Medical and sanitary report of the native army of Bengal for the year
Year: 1877
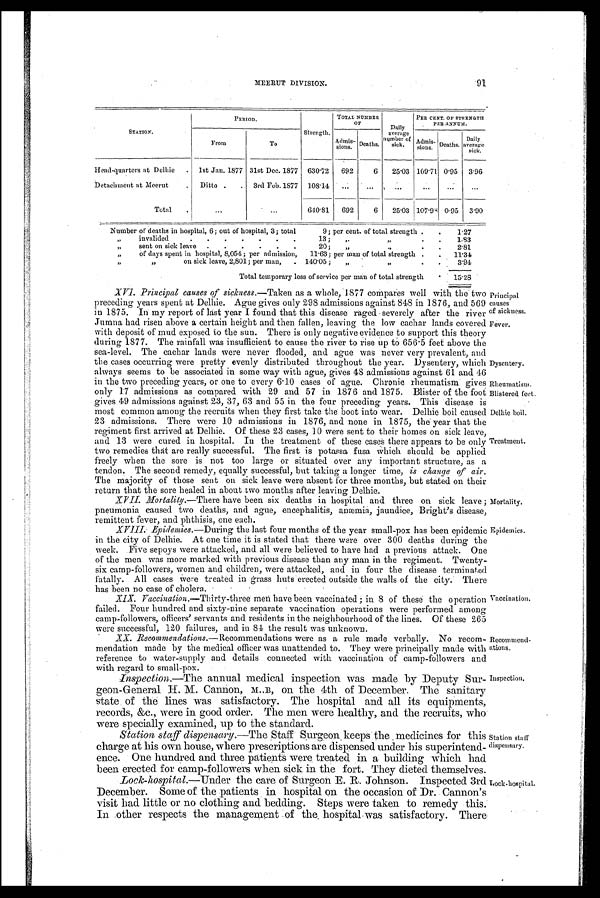
Principal
causes
of sickness.
Fever.
Dysentery.
Rheumatism.
Blistered feet.
Delhie boil.
Treatment.
Mortality.
Epidemics.
91
MEERUT DIVISION.
STATION.
PERIOD.
Strength.
TOTAL NUMBER
O F
Daily
average
number of
sick.
PER CENT. OF STRENGTH
PER ANNUM.
From
To
Admis-
sions. Deaths.
A d m i s s i o n s .
Deaths.
Daily.
average.
Head-quarters at Delhie
.
1st Jan. 1877 31st Dec. 1877
630.72
692
6
25.03 109.71 0.95
3.96
Detachment at Meerut
.
Ditto .
.
3rd Feb. 1877
108.14
...
. . .
. . .
...
...
...
Total
.
...
. . . 640.81 692
6
25.03 107.93 0.95
3.90
Number of deaths in hospital, 6; out of hospital, 3; total
9; per cent. of total strength .
.
1.27
„
invalided
13;
,,,,
.
.
1.83
„
sent on sick leave
.
.
.
.
.
.
20;
„
, ,
.
2.81
„
of days spent in hospital, 8,054; per admission,
11.63; per man of total strength .
.
11.34
,, ,,
on sick leave, 2,801; per man,
. 140.05;
„
„
.
.
3.94
Total temporary loss of service per man of total strength
15.28
XVI. Principal causes of sickness.—Taken as a whole, 1877 compares well with the two
preceding years spent at Delhie. Ague gives only 298 admissions against 848 in 876, and 569
in 1875. In my report of last year I found that this disease raged severely after the river
Jumna had risen above a certain height and then fallen, leaving the low cachar lands covered
with deposit of mud exposed to the sun. There is only negative evidence to support this theory
during 1877. The rainfall was insufficient to cause the river to rise up to 656.5 feet above the
Sea-level. The cachar lands were never flooded, and ague was never very prevalent, and
the cases occurring were pretty evenly distributed throughout the year. Dysentery, which
always seems to be associated in some way with ague, gives 48 admissions against 61 and 46
in the two preceding years, or one to every 6.10 cases of ague. Chronic rheumatism gives
only 17 admissions as compared with 29 and 57 in 1876 and 1875. Blister of the foot
gives 49 admissions against 23, 37, 63 and 55 in the four preceding years. This disease is
most common among the recruits when they first take the boot into wear. Delhie boil caused
23 admissions. There were 10 admissions in 1876, and none in 1875, the year that the
regiment first arrived at Delhie. Of these 23 cases, 10 were sent to their homes on sick leave,
and 13 were cured in hospital. In the treatment of these cases there appears to be only
two remedies that are really successful. The first is potassa fusa Which should be applied
freely when the sore is not too large or situated over any important structure, as a
tendon. The second remedy, equally successful, but taking a longer time, is change of air.
The majority of those sent on sick leave were absent for three months, but stated on their
return that the sore healed in about two months after leaving Delhie.
XVII. Mortality.—There have been six deaths in hospital and three on sick leave ;
M o r t a l i t y . p n e u m o n i a c a u s e d t w o d e a t h s , a n d a g u e , e n c e p h a l i t i s , a n æ m i a , j a u n d i c e , B r i g h t ' s d i s e a s e ,
remittent fever, and phthisis, one each.
XVIII. Epidemics.—During the last four months of the year small-pox has been epidemic
in the city of Delhie. At one time it is stated that there were over 300 deaths during the
week. Five sepoys were attacked, and all were believed to have had a previous attack. One
of the men was more marked with previous disease than any man in the regiment. Twenty
six camp-followers, women and children, were attacked, and in four the disease terminated
fatally. All cases were treated in grass huts erected outside the walls of the city. There
has been no case of cholera.
XIX. Vaccination.—Thirty-three men have been vaccinated in 8 of these the operation
failed. Four hundred and sixty-nine separate vaccination operations were performed among
camp-followers, officers' servants and residents in the neighbourhood of the lines. Of these 265
were successful, 120 failures, and in 84 the result was unknown.
XX. Recommendations. —Recommendations were as a rule made verbally. No recom-
mendation made by the medical officer was unattended to. They were principally made with
reference to water-supply and details connected with vaccination of camp-followers and
with regard to small-pox.
Inspection.—The annual medical inspection was made by Deputy Sur-
geon-General H. M. Cannon, M ..B, on the 4th of December. The sanitary
state of the lines was satisfactory. The hospital and all its equipments,
records, &c., were in good order. The men were healthy, and the recruits, who
were specially examined, up to the standard.
Station staff dispensary.— The Staff . Surgeon keeps the medicines for this
charge at his own house, where prescriptions are dispensed under his superintend-
ence. One hundred and three patients were treated in a building which had
been erected for camp-followers when sick in the fort. They dieted themselves.
•Lock-hospital.— Under the care of Surgeon E. R. Johnson. Inspected 3rd
December. Some of the patients in hospital on the occasion of Dr. Cannon's
visit had little or no clothing and bedding. Steps were taken to remedy this.
In other respects the management of the hospital was satisfactory. There
Vaccination.
Recommend-
ations.
Inspection.
Station staff
dispensary.
Lock-hospital.